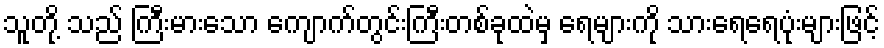
သူတို့ သည် ကြီးမားသော ကျောက်တွင်းကြီးတစ်ခုထဲမှ ရေများကို သားရေရေပုံးများဖြင့်